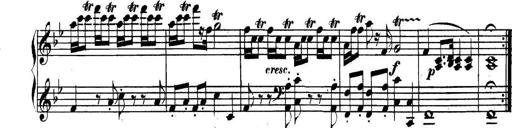
Title: Collected Piano Sonatas
Composer: Muzio Clementi